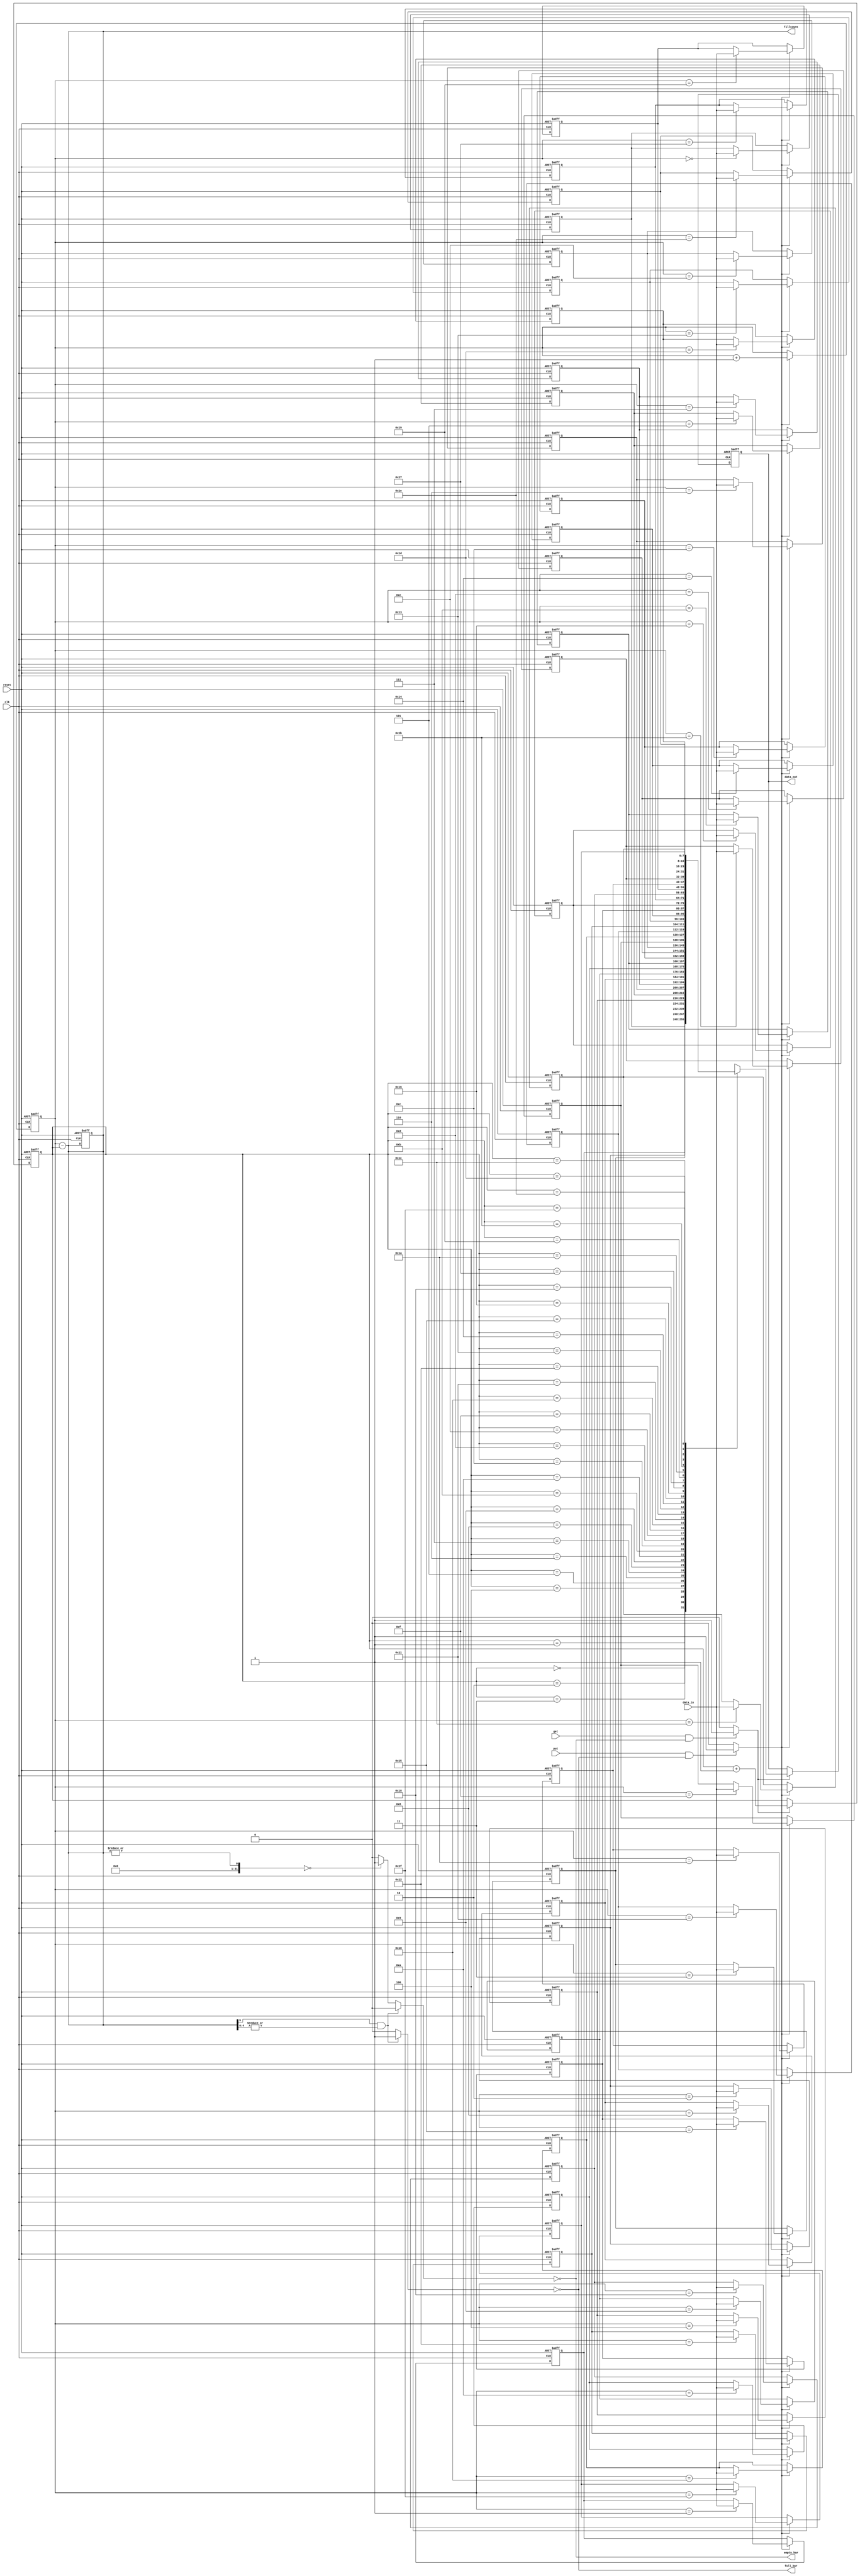
module FIFO (clk, reset, data_in, put, get, data_out, empty_bar, full_bar, fillcount);

parameter DEPTH_P2 = 5; 
parameter WIDTH    = 8;

//inputs
input [WIDTH-1:0] data_in;
input put;
input get;
input reset;
input clk;

//outputs
output [WIDTH-1:0] data_out;
output empty_bar;
output full_bar;
output [DEPTH_P2:0] fillcount; //if it is full,we need onemore bit

//output types
reg [WIDTH-1:0] data_out;
reg [DEPTH_P2:0] fillcount; //if it is full,we need onemore bit
reg [DEPTH_P2-1:0] wr_ptr, rd_ptr;
reg [WIDTH-1:0] mem [2**DEPTH_P2-1:0];
reg full;
wire full_bar;
reg empty;
wire empty_bar;
reg wenq;
reg renq;
integer i;

always @(posedge clk, posedge reset) 
  begin
    if(reset==1)
      begin 
        wr_ptr    <= 'd0; //initialize pointers
	rd_ptr    <= 'd0; 
	fillcount <= 'd0; //initialize fill counter
        data_out  <= 'd0; //no data out
        i         <= 0; //init loop counter
        for(i=0; i<32; i=i+1)begin //init entire FIFO
          mem[i] <= 0;
          i <=i+1;
        end
      end
    else begin
     //read and write should be able to occur in parallel  

      if(wenq)
        begin
	  mem[wr_ptr] <= data_in;
	  wr_ptr      <= wr_ptr + 1;
        end
    
      if(renq)
        begin
          data_out <= mem[rd_ptr];      
          rd_ptr <= rd_ptr + 1;
        end
    end
  end

//write and read enables
always @(put,get,full,empty) 
begin
  wenq = 0;
  renq = 0;
  if(put==1 && full==0) begin //not full
    wenq = 1;
  end
  if(get==1 && empty==0) begin //not empty
    renq = 1;
  end
end

//depth calculation
always@(wr_ptr, rd_ptr, fillcount)
begin
  fillcount = wr_ptr - rd_ptr;
  //check for fullness
  if (fillcount[DEPTH_P2]==1 && |fillcount[DEPTH_P2-1:0])
  begin
    full  = 1;
    empty = 0;
  end
  else if (|fillcount[DEPTH_P2:0]==0)
  begin
    empty = 1;
    full  = 0;
  end
  else
  begin
    empty = 0;
    full  = 0;
  end
end

assign empty_bar = ~empty;
assign full_bar  = ~full;

endmodule